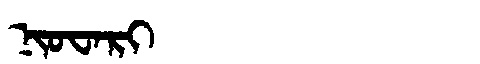
Manchu: ᠨᡳᠣᠸᠠᡵᡳ
Romanization: NIOWARI